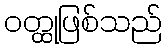
ဝတ္ထုဖြစ်သည်